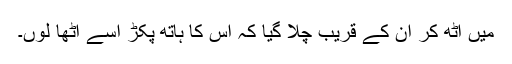
میں اٹھ کر ان کے قریب چلا گیا کہ اس کا ہاتھ پکڑ اسے اٹھا لوں۔